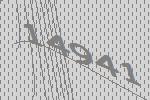
14941